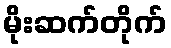
မိုးဆက်တိုက်